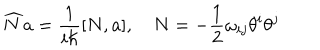
\widehat { N } a = \frac 1 { i \hbar } [ N , a ] , \quad N = - \frac 1 2 \omega _ { i j } \theta ^ { i } \theta ^ { j }